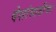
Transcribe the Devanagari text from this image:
देशांसाठीचा